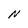
Character: N